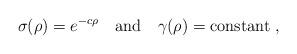
LaTeX: \begin{align*} \sigma(\rho)= e^{-c\rho} \quad {\rm and} \quad \gamma(\rho) = {\rm constant}~,\end{align*}